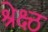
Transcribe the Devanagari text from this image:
श्रेक्ष्ठ